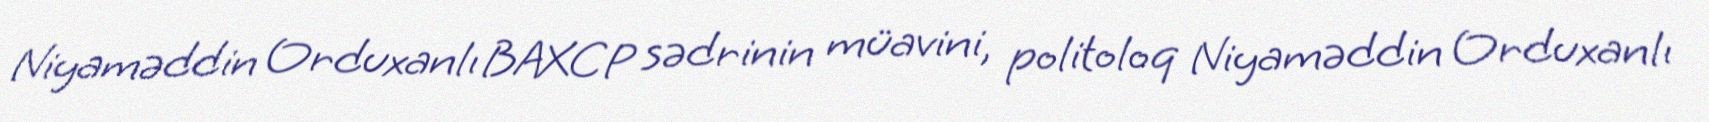
Niyaməddin Orduxanlı BAXCP sədrinin müavini, politoloq Niyaməddin Orduxanlı